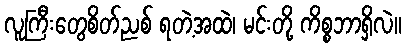
လူကြီးတွေစိတ်ညစ် ရတဲ့အထဲ၊ မင်းတို့ ကိစ္စဘာရှိလဲ။